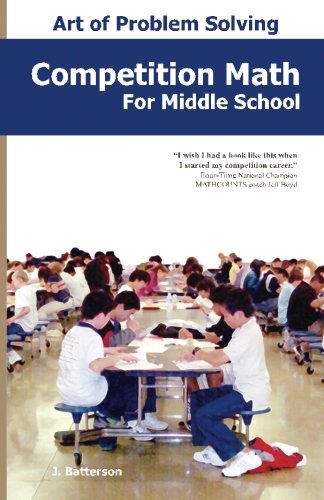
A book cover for Competition Math for Middle School; J. Batterson; Science & Math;